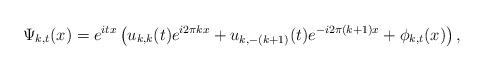
LaTeX: \begin{align*}\Psi_{k,t}(x)=e^{itx}\left( u_{k,k}(t)e^{i2\pi kx}+u_{k,-(k+1)}(t)e^{-i2\pi(k+1)x}+\phi_{k,t}(x)\right) ,\end{align*}